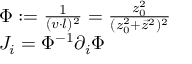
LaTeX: \begin{array} { l } { { \Phi : = { \frac { 1 } { ( v \cdot l ) ^ { 2 } } } = { \frac { z _ { 0 } ^ { 2 } } { ( z _ { 0 } ^ { 2 } + \vec { z } ^ { 2 } ) ^ { 2 } } } } } \\ { { J _ { i } = \Phi ^ { - 1 } \partial _ { i } \Phi } } \end{array}